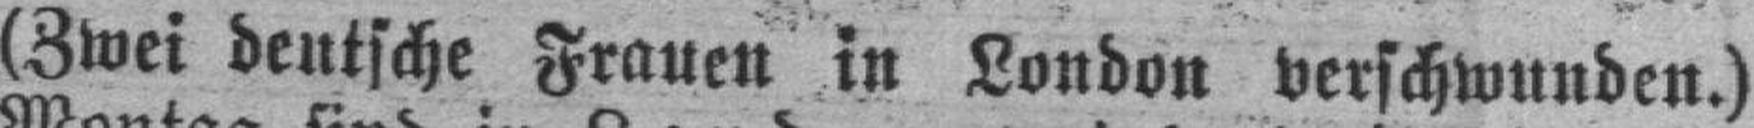
(Zwei deutsche Frauen in London verschwunden.)